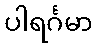
ပါရင်္ဂမာ